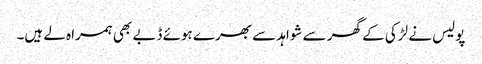
پولیس نے لڑکی کے گھر سے شواہد سے بھرے ہوئے ڈبے بھی ہمراہ لے ہیں۔